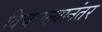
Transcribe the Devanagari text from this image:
विचारल्यानंतर